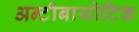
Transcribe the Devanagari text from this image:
अन्टीबायोटिक